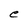
Character: e